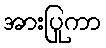
အားပြုကာ